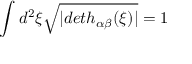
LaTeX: \int d ^ { 2 } \xi \sqrt { | d e t h _ { \alpha \beta } ( \xi ) | } = 1